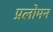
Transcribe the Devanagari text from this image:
प्रलोमन